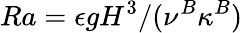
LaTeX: Ra=\epsilon gH^{3}/(\nu^{B}\kappa^{B})